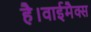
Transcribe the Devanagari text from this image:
है।वाईमैक्स